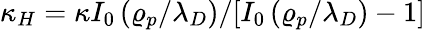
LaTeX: \kappa_{H}=\kappa I_{0}\left(\varrho_{p}/\lambda_{D}\right)/[I_{0}\left(\varrho_{p}/\lambda_{D}\right)-1]